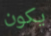
يكون